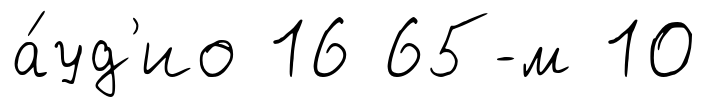
а́уд'ио 16 65-м 10